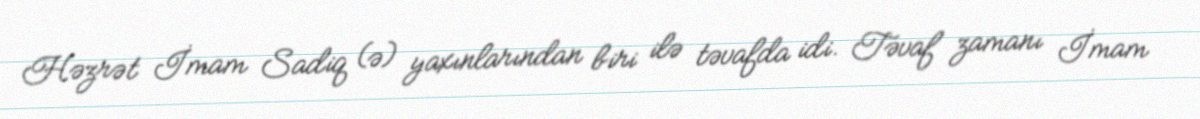
Həzrət İmam Sadiq (ə) yaxınlarından biri ilə təvafda idi. Təvaf zamanı İmam